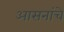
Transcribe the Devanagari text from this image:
आसनांचे